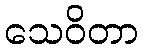
သေဝိတာ